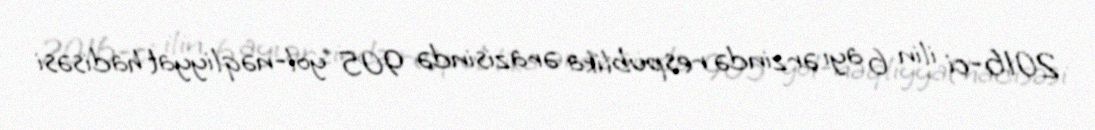
2016-ci ilin 6 ayı ərzində respublika ərazisində 905 yol-nəqliyyat hadisəsi